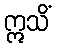
ဣသိံ